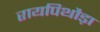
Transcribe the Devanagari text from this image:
रायपिथौड़ा